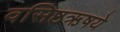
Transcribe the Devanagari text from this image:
वसिष्ठऋषये